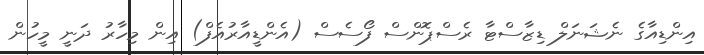
އިންޑިއާގެ ނެޝަނަލް ޑިޒާސްޓާ ރެސްޕޮންސް ފޯސެސް (އެންޑީއާރުއެފް) އިން މިހާރު ދަނީ މީހުން